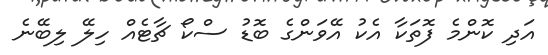
އަދި ކޮންމެ ފޮތަކާ އެކު އޭވަންގެ ބޮޑު ސްކޯ ޗާޓެއް ހިލޭ ލިބޭނެ